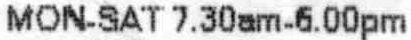
MON-SAT 7.30AM-6.00PM